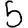
Digit: 5